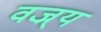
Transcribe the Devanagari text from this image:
वज्र्य